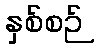
နှစ်စဉ်